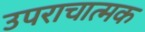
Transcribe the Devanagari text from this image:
उपराचात्मक